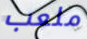
ملعب